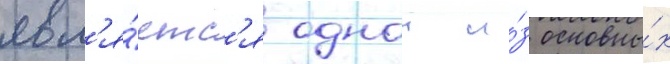
явл'я́етс'я однои и́з основны́х